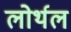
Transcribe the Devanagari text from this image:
लोर्थल